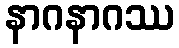
နာဂနာဂဿ